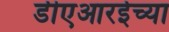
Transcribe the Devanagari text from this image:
डीएआरईच्या